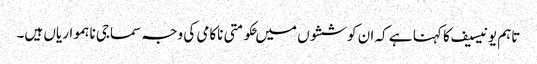
تاہم یونیسیف کا کہنا ہے کہ ان کوششوں میں ‍حکومتی ناکامی کی وجہ سماجی ناہمواریاں ہیں۔